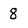
Character: 8